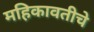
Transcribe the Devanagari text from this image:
महिकावतीचे